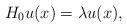
LaTeX: \begin{align*}H_0u(x)=\lambda u(x),\end{align*}